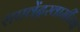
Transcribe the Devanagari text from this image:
राघवेंद्रस्वामींच्या